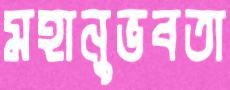
মহানুভবতা